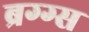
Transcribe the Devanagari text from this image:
ब्रग्ग्स